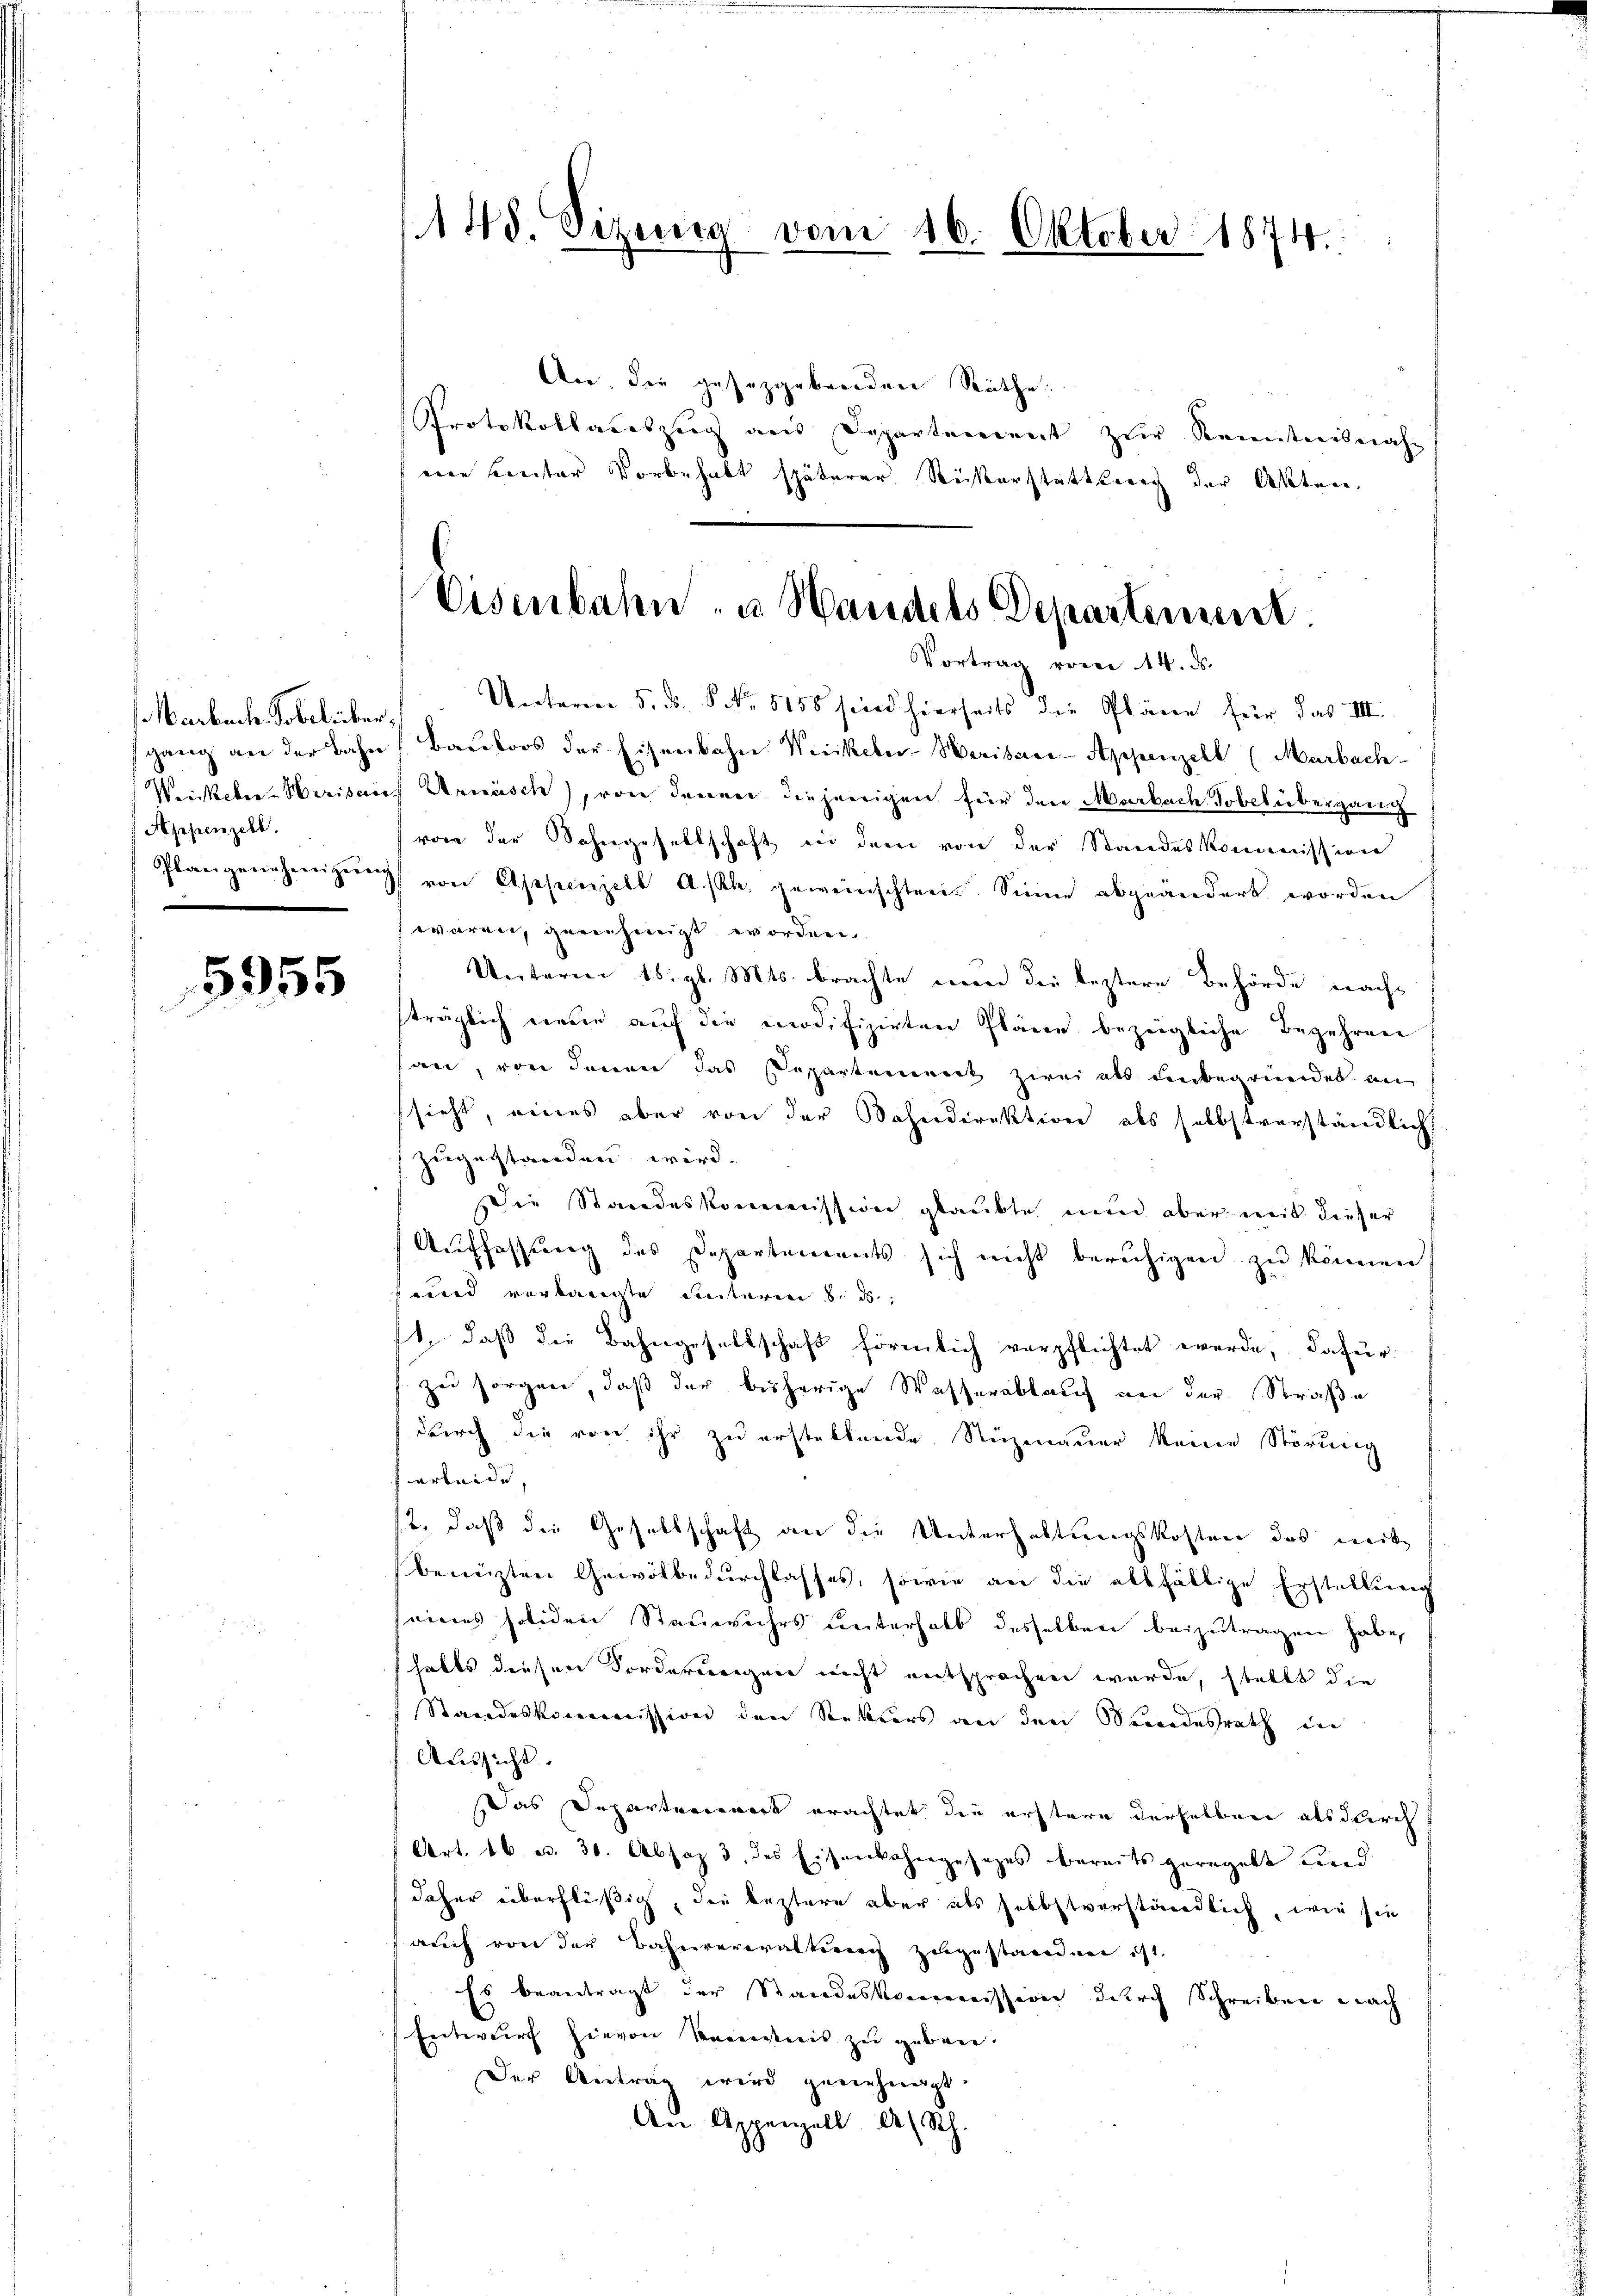
Marbach Tobelüber,
Appenzell.

5955

148. Sizung vom 16. Oktober 1874.

An die gesetzgebenden Räthe.
Protokollateszug aus Departement zŭr Kenntensnah-
me Leuter Vorbehalt späterer Rickerstattung der Akten.

Eisenbahn- u. Handels Departement
Vortrag vom 14. ds.

Unterm 5. ds. S NNo. 5155 sind hierseits die Pläne für das III.
gang an der Bahn (Baŭloos der Eisenbahne Weinkeler-Herisaar-Appenzell (Marbach-
Weinkeler-Herisauf Annäsch), von denen diejenigen für den Marbach Tobel übergang
von der Sohngesellschaft in dem von der Standeskommission
Plangenehmigŭng von Appenzell A.-Rh. gewünschten. Sinne abgeändert worden
waren, genehmigt worden.
Unterm 18. gl. Mts. brachte man die leztere Behörde nachsträglich neue auf die modifizirten Pläne bezeigliche Begehren
san, von denen das Departement zwei als unbegründet an
sieht, eines aber von der Bahndirektion als selbstverständlich
zugestanden wird.
Die Standeskommission glaubte nun aber mit dieser
Auffassung des Departements sich nicht beruhigen zu können
und verlangte unterm 8. d.
t, daß die Bahngesellschaft förmlich verpflichtet werde, dafür
zu sorgen, daß der bisherige Wasserablauf an der Straße
durch die von ihr zu erstellende Nuzmauer keine Störung
ferleide,
st, daß die Gesellschaft an die Unterhaltungskosten das weite
benützten Gewölbedurchlasses, sowie an die allfällige Erstellung
seines soliden Stauwuhrs unterhalb desselben beizutragen habe,
halts diesen Forderungen nicht entsprochen wurde, stellt die
Standeskommission den Rektors an den Bundesrath in
Aussicht
Das Departenweit erachtet die erstere derselben als durch
Art. 16 u. 30. Absaz 3. des Eisenbahngesages bereits geregelt und
daher überflüßig, die leztere aber als selbstverständlich, wie sie
auch von der Bahnverwaltung zugestanden ist.
Es beantragt der Standeskommission durch Schreiben nach
Entwurf hievon Semestreis zu geben.
Der Antrag wird genehmigt.
An Appenzell A/Rh.